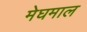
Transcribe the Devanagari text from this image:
मेघमाल